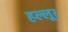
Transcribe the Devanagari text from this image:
हल्लूर